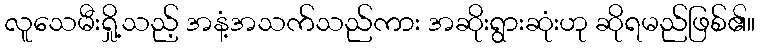
လူသေမီးရှို့သည့် အနံ့အသက်သည်ကား အဆိုးရွားဆုံးဟု ဆိုရမည်ဖြစ်၏။